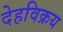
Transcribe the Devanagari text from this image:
देहविक्रय